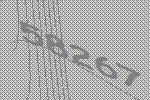
58267